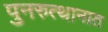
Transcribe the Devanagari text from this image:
पुनरुत्थानात